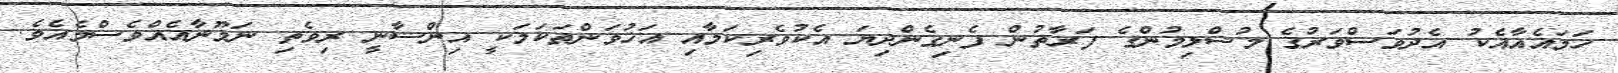
ހަމައެއާއެކު އެދުވަސްވަރުގެ މުސްލިމުންގެ ފަރާތުން ފެނިގެންދިޔަ އެކުވެރިކަމާއި އަޚުވަންތަކަމަކީ އިންސާނީ ރިވެތި ނަމޫނާއެއްވެސްމެއެވެ.